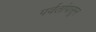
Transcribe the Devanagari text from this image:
पर्वतांपासून